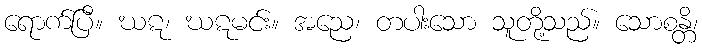
ရောက်ပြီ။ ဃဋ၊ ဃဋမင်း။ အညေ၊ တပါးသော သူတို့သည်။ သောစန္တိ၊